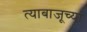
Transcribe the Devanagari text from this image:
त्याबाजूच्या